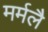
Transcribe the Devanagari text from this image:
मर्मलै